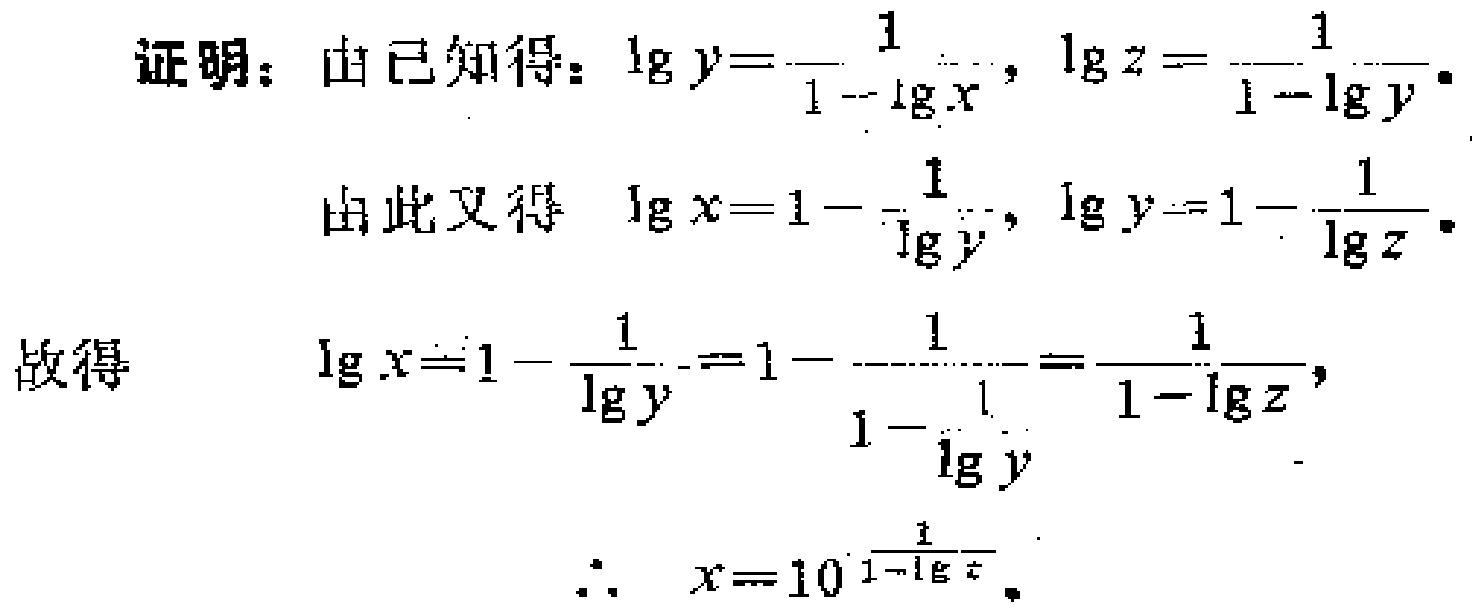
证明：由已知得：\(\lg y = \frac{1}{1 - \lg x}\)，\(\lg z = \frac{1}{1 - \lg y}\)。
由此又得 \(\lg x = 1 - \frac{1}{\lg y}\)，\(\lg y = 1 - \frac{1}{\lg z}\)。
故得
\(\lg x = 1 - \frac{1}{\lg y} = 1 - \frac{1}{1 - \frac{1}{\lg y}} = \frac{1}{1 - \lg z}\)，
\(\therefore x = 10^{\frac{1}{1 - \lg z}}\)。